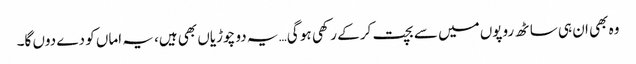
وہ بھی ان ہی ساٹھ روپوں میں سے بچت کر کے رکھی ہو گی… یہ دو چوڑیاں بھی ہیں، یہ اماں کو دے دوں گا۔